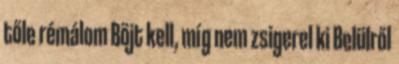
tőle rémálom Böjt kell, míg nem zsigerel ki Belülről